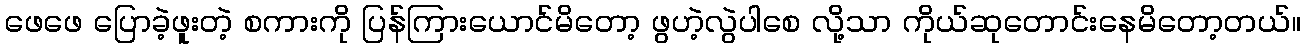
ဖေဖေ ပြောခဲ့ဖူးတဲ့ စကားကို ပြန်ကြားယောင်မိတော့ ဖွဟဲ့လွဲပါစေ လို့သာ ကိုယ်ဆုတောင်းနေမိတော့တယ်။